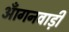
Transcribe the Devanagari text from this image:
आँगनवाड़ी